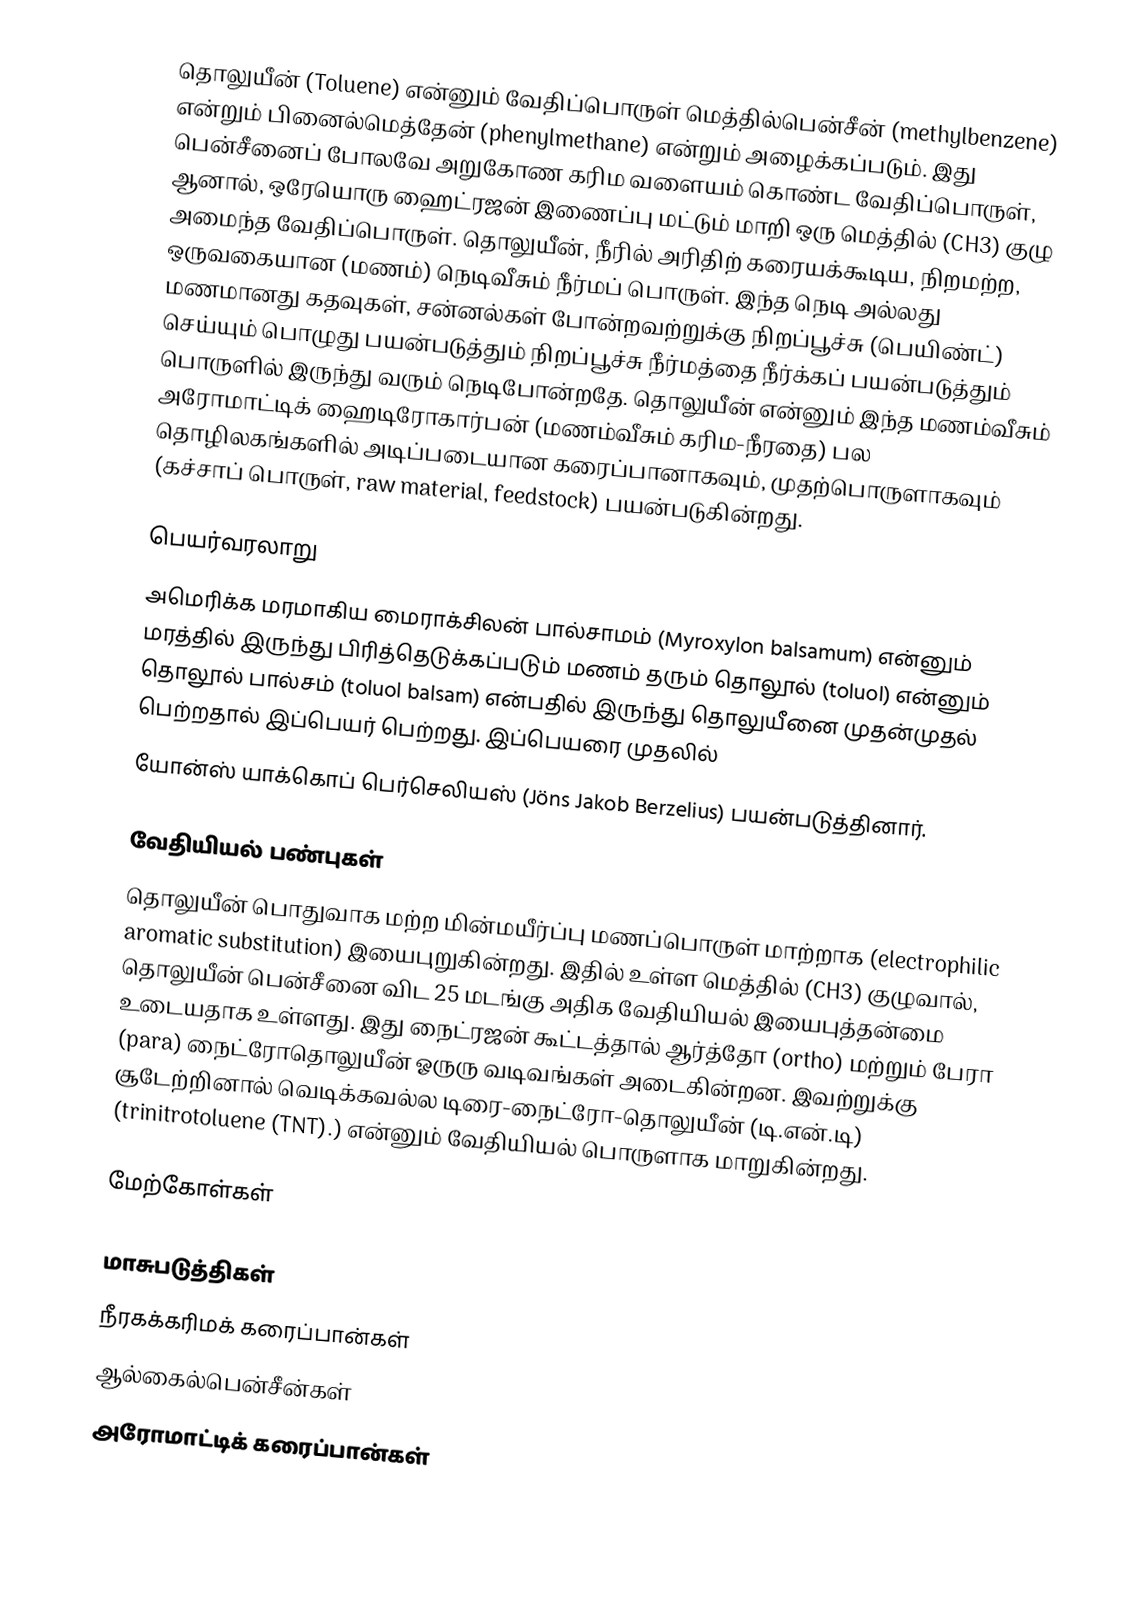
தொலுயீன் (Toluene) என்னும் வேதிப்பொருள் மெத்தில்பென்சீன் (methylbenzene) என்றும் பினைல்மெத்தேன் (phenylmethane) என்றும் அழைக்கப்படும். இது பென்சீனைப் போலவே அறுகோண கரிம வளையம் கொண்ட வேதிப்பொருள், ஆனால், ஒரேயொரு ஹைட்ரஜன் இணைப்பு மட்டும் மாறி ஒரு மெத்தில் (CH3) குழு அமைந்த வேதிப்பொருள். தொலுயீன், நீரில் அரிதிற் கரையக்கூடிய, நிறமற்ற, ஒருவகையான (மணம்) நெடிவீசும் நீர்மப் பொருள். இந்த நெடி அல்லது மணமானது கதவுகள், சன்னல்கள் போன்றவற்றுக்கு நிறப்பூச்சு (பெயிண்ட்) செய்யும் பொழுது பயன்படுத்தும் நிறப்பூச்சு நீர்மத்தை நீர்க்கப் பயன்படுத்தும் பொருளில் இருந்து வரும் நெடிபோன்றதே. தொலுயீன் என்னும் இந்த மணம்வீசும் அரோமாட்டிக் ஹைடிரோகார்பன் (மணம்வீசும் கரிம-நீரதை) பல தொழிலகங்களில் அடிப்படையான கரைப்பானாகவும், முதற்பொருளாகவும் (கச்சாப் பொருள், raw material, feedstock) பயன்படுகின்றது.

பெயர்வரலாறு
அமெரிக்க மரமாகிய மைராக்சிலன் பால்சாமம் (Myroxylon balsamum) என்னும் மரத்தில் இருந்து பிரித்தெடுக்கப்படும் மணம் தரும் தொலூல் (toluol) என்னும் தொலூல் பால்சம் (toluol balsam) என்பதில் இருந்து தொலுயீனை முதன்முதல் பெற்றதால் இப்பெயர் பெற்றது. இப்பெயரை முதலில்
யோன்ஸ் யாக்கொப் பெர்செலியஸ் (Jöns Jakob Berzelius)  பயன்படுத்தினார்.

வேதியியல் பண்புகள்
தொலுயீன் பொதுவாக மற்ற மின்மயீர்ப்பு மணப்பொருள் மாற்றாக (electrophilic aromatic substitution) இயைபுறுகின்றது. இதில் உள்ள மெத்தில் (CH3) குழுவால், தொலுயீன் பென்சீனை விட  25 மடங்கு அதிக வேதியியல் இயைபுத்தன்மை உடையதாக உள்ளது. இது நைட்ரஜன் கூட்டத்தால் ஆர்த்தோ (ortho) மற்றும் பேரா (para) நைட்ரோதொலுயீன் ஓருரு வடிவங்கள் அடைகின்றன. இவற்றுக்கு சூடேற்றினால்  வெடிக்கவல்ல டிரை-நைட்ரோ-தொலுயீன் (டி.என்.டி) (trinitrotoluene (TNT).) என்னும் வேதியியல் பொருளாக மாறுகின்றது.

மேற்கோள்கள்

மாசுபடுத்திகள்
நீரகக்கரிமக் கரைப்பான்கள்
ஆல்கைல்பென்சீன்கள்
அரோமாட்டிக் கரைப்பான்கள்